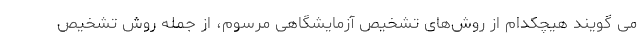
می گویند هیچکدام از روش‌های تشخیص آزمایشگاهی مرسوم، از جمله روش تشخیص